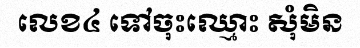
លេខ៤ ទៅចុះឈ្មោះ សុំមិន